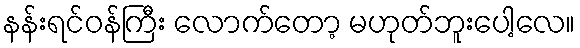
နန်းရင်ဝန်ကြီး လောက်တော့ မဟုတ်ဘူးပေါ့လေ။